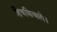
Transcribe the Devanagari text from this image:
हिचकिचाये।